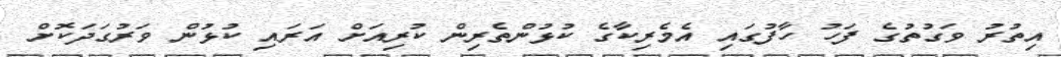
އިތުރު ވަގުތުގެ ފަހު ހާފުގައި އެމެރިކާގެ ކުޅުންތެރިން ކުރިއަށް އަރައި ކުޅުން ވަރުގަދަކޮށް